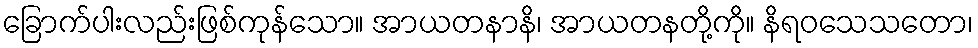
ခြောက်ပါးလည်းဖြစ်ကုန်သော။ အာယတနာနိ၊ အာယတနတို့ကို။ နိရဝသေသတော၊